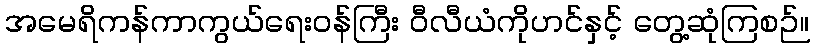
အမေရိကန်ကာကွယ်ရေးဝန်ကြီး ဝီလီယံကိုဟင်နှင့် တွေ့ဆုံကြစဉ်။